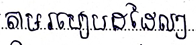
តាមរបៀបដដែលៗ